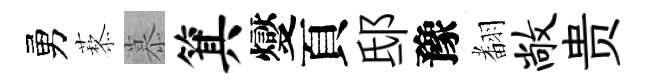
勇藜慕箕燮頁邸豫𮋒敞贵